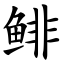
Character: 鲱